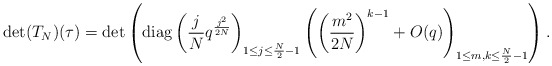
\begin{align*}\det(T_N)(\tau)=\det\left(\operatorname{diag}\left(\frac jNq^{\frac{j^2}{2N}}\right)_{1\leq j\leq\frac N2-1}\left(\left(\frac{m^2}{2N}\right)^{k-1}+O(q)\right)_{1\leq m,k\leq\frac N2-1}\right).\end{align*}